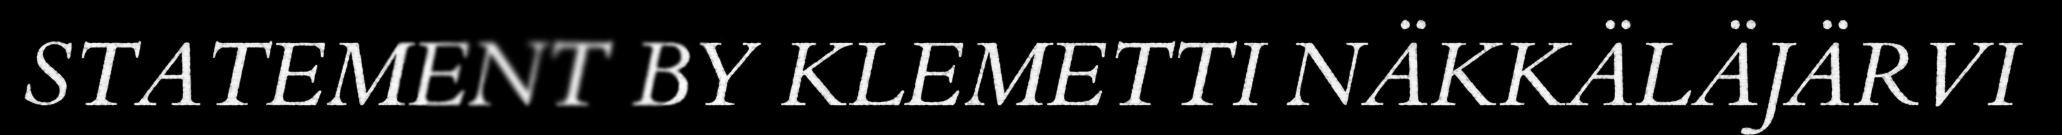
STATEMENT BY KLEMETTI NÄKKÄLÄJÄRVI